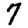
Digit: 7